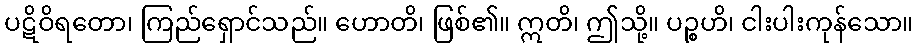
ပဋိဝိရတော၊ ကြည်ရှောင်သည်။ ဟောတိ၊ ဖြစ်၏။ ဣတိ၊ ဤသို့။ ပဉ္စဟိ၊ ငါးပါးကုန်သော။